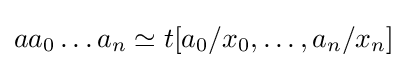
aa_{0}\dots a_{n}\simeq t[a_{0}/x_{0},\dots ,a_{n}/x_{n}]